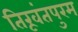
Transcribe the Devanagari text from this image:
तिरूवंतपुरम